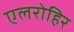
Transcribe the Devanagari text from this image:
एलरोहिर